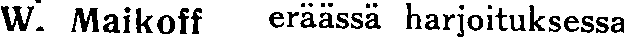
W. Maikoff eräässä harjoituksessa